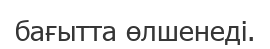
бағытта өлшенеді.